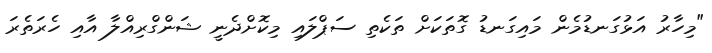
"މިހާރު އަޅުގަނޑުމެން މައިގަނޑު ގޮތަކަށް ތަކެތި ސަޕްލައި މިކޮށްދެނީ ޝަންގްރިއްލާ އާއި ހެރަތެރަ